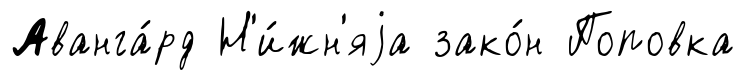
Аванга́рд Н'и́жн'яjа зако́н Поповка